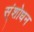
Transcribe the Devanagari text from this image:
स्ंशोधन